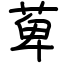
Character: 萆